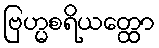
ဗြဟ္မစရိယတ္ထော